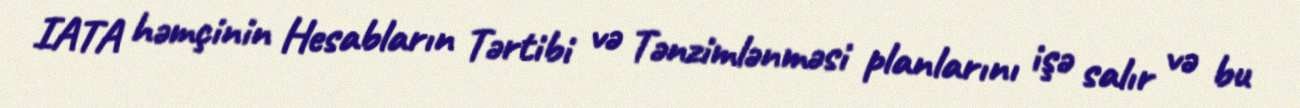
IATA həmçinin Hesabların Tərtibi və Tənzimlənməsi planlarını işə salır və bu